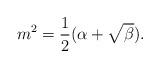
LaTeX: \begin{align*}m^2&=\frac{1}{2}(\alpha+\sqrt{\beta}).\end{align*}